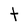
Character: t